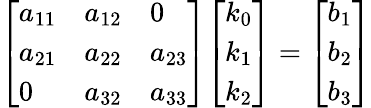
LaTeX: {\left[\begin{array}{lll}{a_{11}}&{a_{12}}&{0}\\ {a_{21}}&{a_{22}}&{a_{23}}\\ {0}&{a_{32}}&{a_{33}}\end{array}\right]}{\left[\begin{array}{l}{k_{0}}\\ {k_{1}}\\ {k_{2}}\end{array}\right]}={\left[\begin{array}{l}{b_{1}}\\ {b_{2}}\\ {b_{3}}\end{array}\right]}